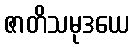
ဇာတိသမုဒယေ